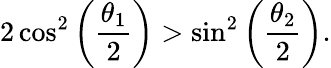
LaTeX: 2\cos^{2}\left(\frac{\theta_{1}}{2}\right)>\sin^{2}\left(\frac{\theta_{2}}{2}\right).